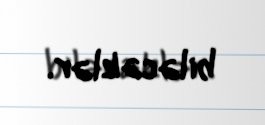
biləcəklər.